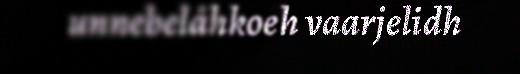
unnebelåhkoeh vaarjelidh